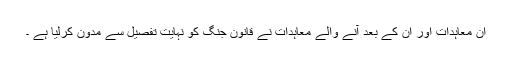
ان معاہدات اور ان کے بعد آنے والے معاہدات نے قانونِ جنگ کو نہایت تفصیل سے مدون کرلیا ہے ۔